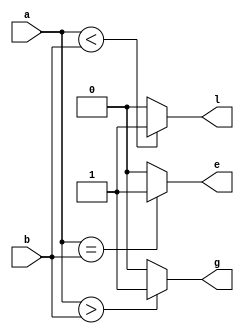
`timescale 1ns / 1ps
//////////////////////////////////////////////////////////////////////////////////
// Company: 
// Engineer: 
// 
// Design Name: 
// Module Name:    D2bitcomparator 
// Project Name: 
// Target Devices: 
// Tool versions: 
// Description: 
//
// Dependencies: 
//
// Revision: 
// Revision 0.01 - File Created
// Additional Comments: 
//
//////////////////////////////////////////////////////////////////////////////////

module D2bitcomparator(g,e,l,a,b
    );
input [1:0]a,b;
output g,e,l;
wire g,e,l;
assign g=a[1:0]>b[1:0]?1:0;
assign e=a[1:0]==b[1:0]?1:0;
assign l=a[1:0]<b[1:0]?1:0;
endmodule


/*
module D2bitcomparator(g,e,l,a1,a0,b1,b0
    );
input a1,a0,b1,b0;
output g,e,l;
wire g,e,l;
assign g=(a1~^b1)|(a0&(~b0));
assign e=(a1~^b1)&(a0~^b0);
assign l=(a1~^b1)|(b0&(~a0));
endmodule
*/